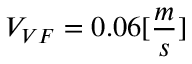
V _ { V F } = 0 . 0 6 [ \frac { m } { s } ]